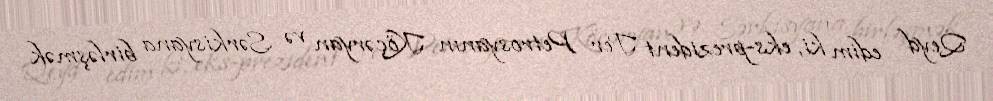
Qeyd edim ki, eks-prezident Ter Petrosyanın Köçəryan və Sərkisyana birləşmək